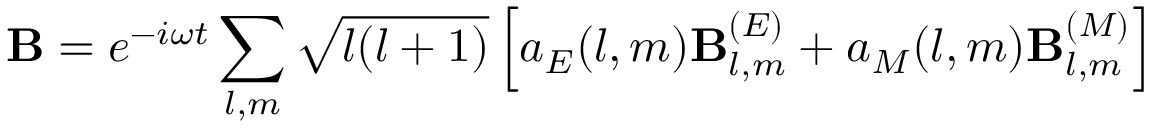
\mathbf { B } = e ^ { - i \omega t } \sum _ { l , m } { \sqrt { l ( l + 1 ) } } \left[ a _ { E } ( l , m ) \mathbf { B } _ { l , m } ^ { ( E ) } + a _ { M } ( l , m ) \mathbf { B } _ { l , m } ^ { ( M ) } \right]